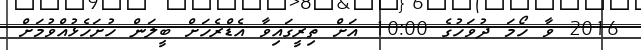
2016 ވާ ހޯމަ ދުވަހުގެ 10:00 އަށް ތިރީގައިވާ އެޑްރެހަށް ބީލަން ހުށަހެޅުއްވުމަށް